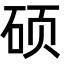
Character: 硕